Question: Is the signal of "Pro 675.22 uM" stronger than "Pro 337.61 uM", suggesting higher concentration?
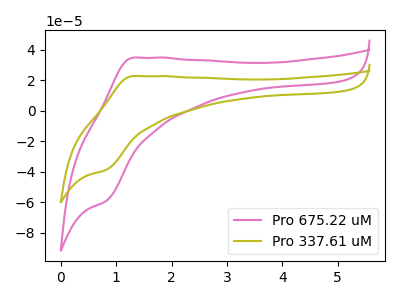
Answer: <think>The pink curve "Pro 675.22 uM" has an anodic peak at (1.30V, 34.95uA) and a cathodic peak at (0.80V, -59.10uA). The olive curve "Pro 337.61 uM" has an anodic peak at (1.30V, 22.85uA) and a cathodic peak at (0.80V, -38.65uA).
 All the peaks in "Pro 675.22 uM" have a peak in "Pro 337.61 uM" at the same potential. Every peak in "Pro 675.22 uM" is higher than every peak in "Pro 337.61 uM".</think>
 <answer>"Pro 675.22 uM" has more signal than "Pro 337.61 uM" and so likely has a higher concentration.</answer>
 <eval>more_concentration</eval>